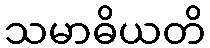
သမာဓိယတိ